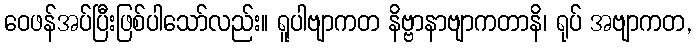
ဝေဖန်အပ်ပြီးဖြစ်ပါသော်လည်း။ ရူပါဗျာကတ နိဗ္ဗာနာဗျာကတာနိ၊ ရုပ် အဗျာကတ,